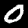
Label: 0